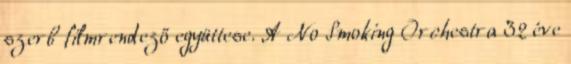
szerb filmrendező együttese. A No Smoking Orchestra 32 éve